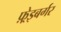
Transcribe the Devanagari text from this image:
फ़्रेइबर्गर